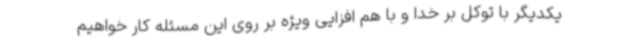
یکدیگر با توکل بر خدا و با هم افزایی ویژه بر روی این مسئله کار خواهیم